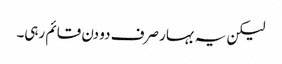
لیکن یہ بہار صرف دو دن قائم رہی۔